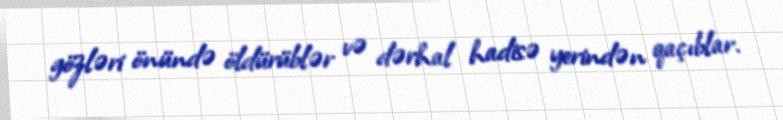
gözləri önündə öldürüblər və dərhal hadisə yerindən qaçıblar.